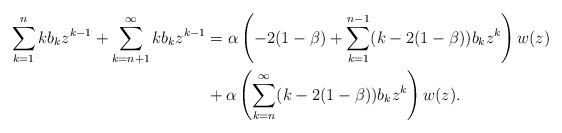
LaTeX: \begin{align*}\sum_{k=1}^{n}kb_kz^{k-1}+\sum_{k=n+1}^{\infty}kb_kz^{k-1} & =\alpha\left(-2(1-\beta)+\sum_{k=1}^{n-1}(k-2(1-\beta))b_kz^k\right)w(z) \\& + \alpha\left(\sum_{k=n}^{\infty}(k-2(1-\beta))b_kz^k\right)w(z). \end{align*}